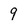
Character: 9